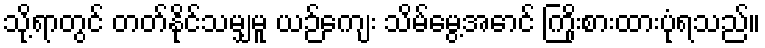
သို့ရာတွင် တတ်နိုင်သမျှမူ ယဉ်ကျေး သိမ်မွေ့အောင် ကြိုးစားထားပုံရသည်။